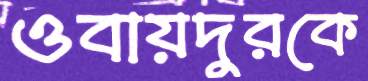
ওবায়দুরকে